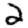
Digit: 2